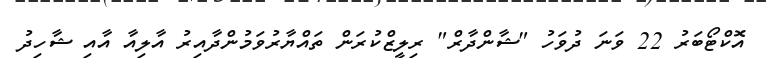
އޮކްޓޯބަރު 22 ވަނަ ދުވަހު "ޝާންދާރް" ރިލީޒްކުރަން ތައްޔާރުވަމުންދާއިރު އާލިއާ އާއި ޝާހިދު